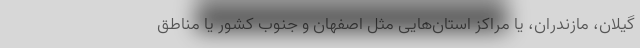
گیلان، مازندران، یا مراکز استان‌هایی مثل اصفهان و جنوب کشور یا مناطق